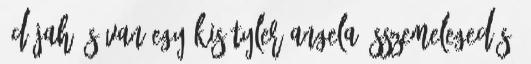
:D Jah és van egy kis Tyler Angela összemelegedés,